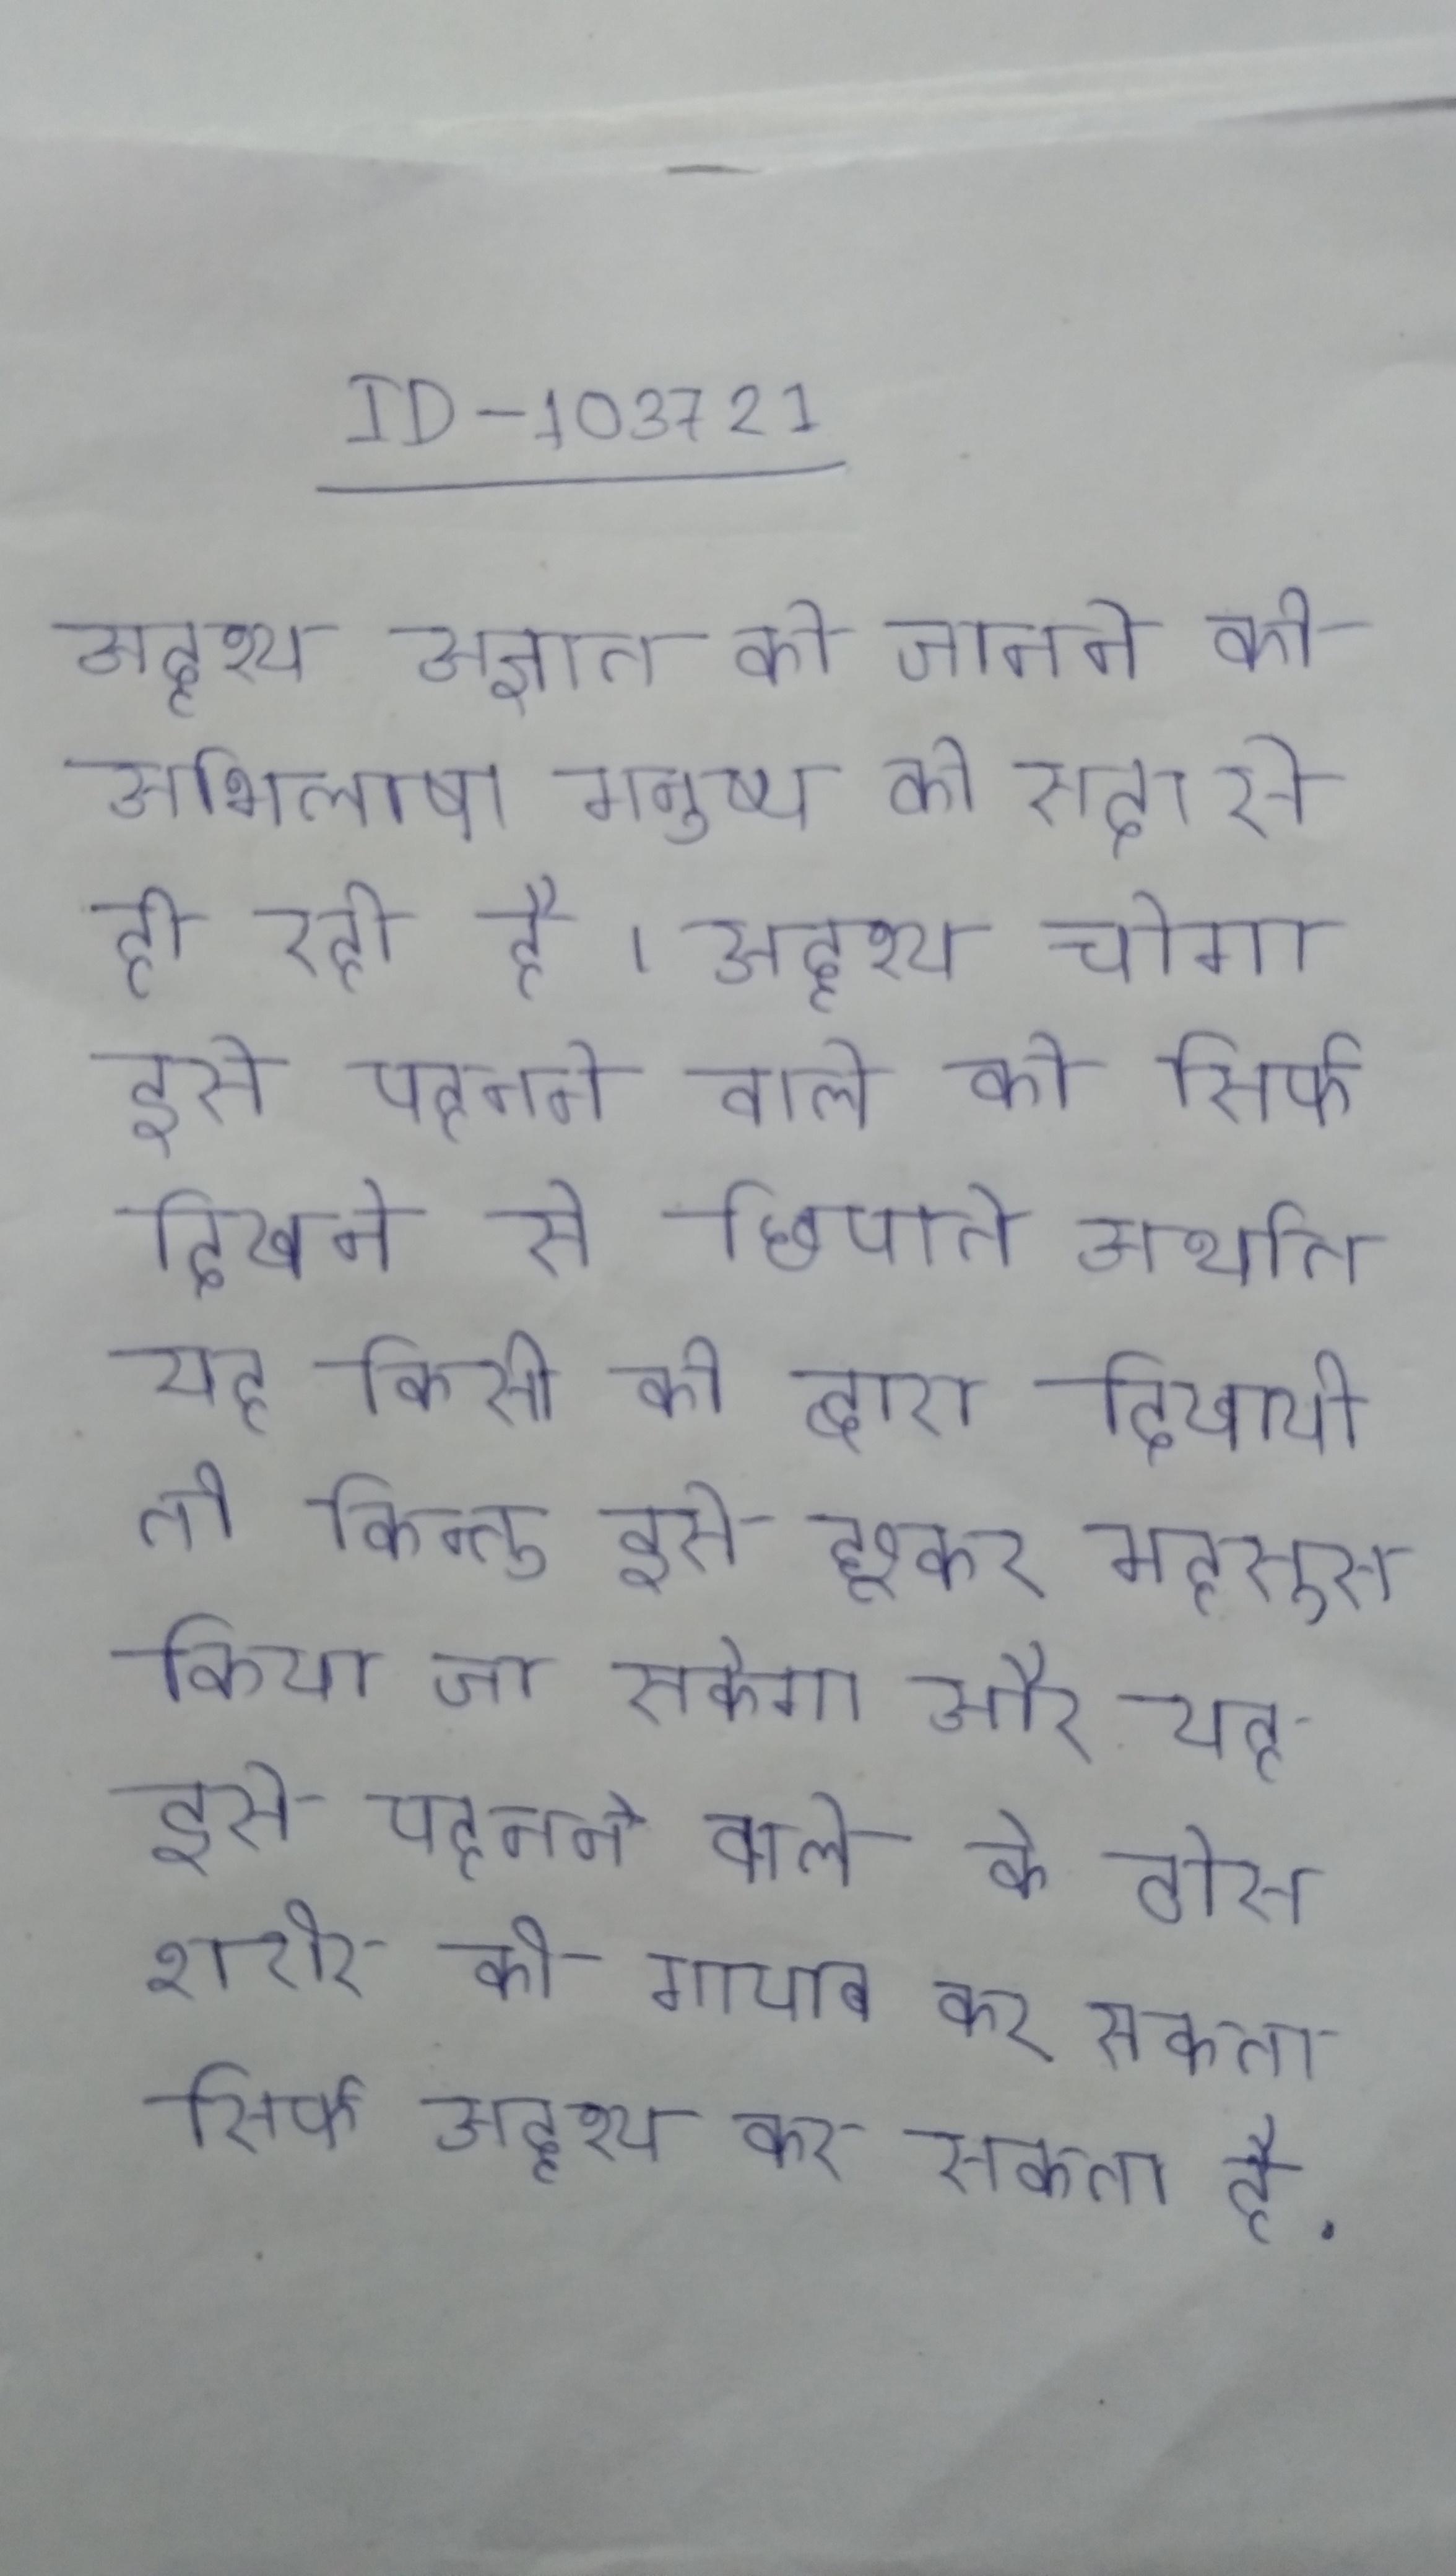
अदृश्य अज्ञात को जानने की अभिलाषा मनुष्य को सदा से ही रही है । अदृश्य चोगा इसे पहनने वाले को सिर्फ दिखने से छिपाते अर्थात यह किसी को द्वारा दिखायी तो किन्तु इसे छूकर महसूस किया जा सकेगा और यह इसे पहनने वाले के ठोस शरीर को गायब कर सकता सिर्फ अदृश्य कर सकता है .